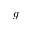
g